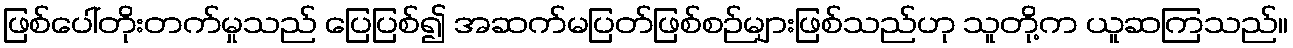
ဖြစ်ပေါ်တိုးတက်မှုသည် ပြေပြစ်၍ အဆက်မပြတ်ဖြစ်စဉ်များဖြစ်သည်ဟု သူတို့က ယူဆကြသည်။